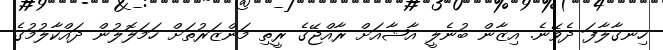
ހިނގާލާފަ ދެވޭނެ. އިޒާން ބުނެލީ އާޝާއަށް ރާއްޖޭގެ ރީތި މަންޒަރުތަށް ހަމަލޮލުން ދައްކާލުމުގެ